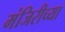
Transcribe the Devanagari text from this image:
मंजिरीच्या